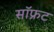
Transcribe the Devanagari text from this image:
सॉफ्रट